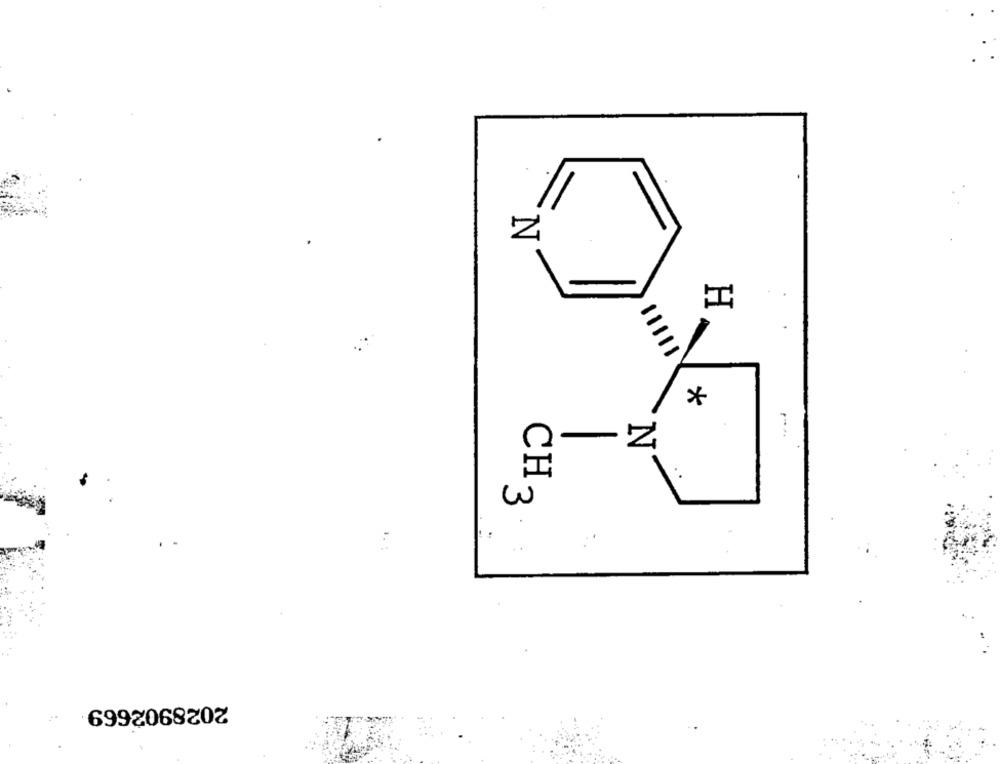
*
w
CH3
2028902669